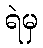
ရဲမှ